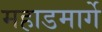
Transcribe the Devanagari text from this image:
महाडमार्गे